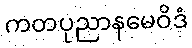
ကတပုညာနမေဝိဒံ